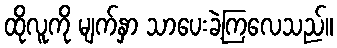
ထိုလူကို မျက်နှာ သာပေးခဲ့ကြလေသည်။